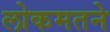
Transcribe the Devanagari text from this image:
लोकमतने